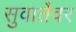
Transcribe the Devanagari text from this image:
सुवार्तेवर